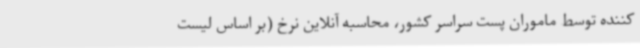
کننده توسط ماموران پست سراسر کشور، محاسبه آنلاین نرخ (بر اساس لیست